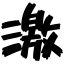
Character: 激